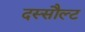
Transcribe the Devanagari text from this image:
दस्सौल्ट